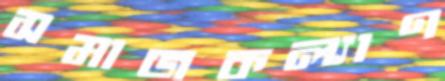
সমাজকল্যাণ